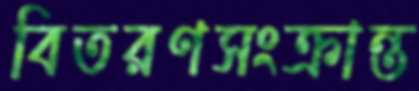
বিতরণসংক্রান্ত